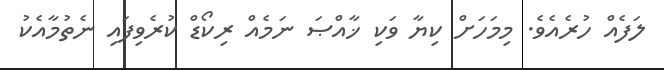
ލަފެއް ހުރެއެވެ. މިމަހަށް ކިޔާ ވަކި ޚާއްޞަ ނަމެއް ރިކޯޑް ކުރެވިފައި ނެތުމާއެކު